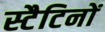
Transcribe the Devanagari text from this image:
स्टैटिनों